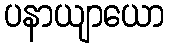
ပနာယျာယော